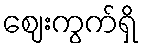
ဈေးကွက်ရှိ